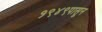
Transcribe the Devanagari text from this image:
१९४९पासून